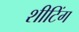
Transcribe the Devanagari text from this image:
शीटिंग